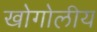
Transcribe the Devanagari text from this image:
खोगोलीय